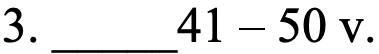
3. _____41 – 50 v.